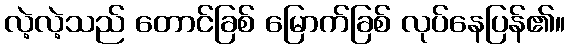
လဲ့လဲ့သည် တောင်ခြစ် မြောက်ခြစ် လုပ်နေပြန်၏။